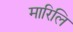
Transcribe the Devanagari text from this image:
मारिलि